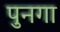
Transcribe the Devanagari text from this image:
पुनगा